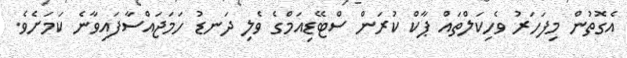
އެގޮތުން މިފަހަރު ވެހިކަލްތައް ޕާކް ކުރަން ސްޓޭޑިއަމްގެ ވެލި ދަނޑު ހަމަަޖައްސާފައިވާނެ ކަމަށެވެ.